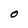
Character: O